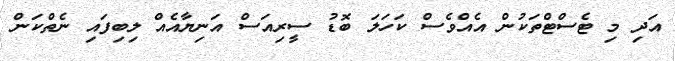
އަދި މި ޓެސްޓްތަކުން އެއްވެސް ކަހަލަ ބޮޑު ސީރިއަސް އަނިޔާއެއް ލިބިފައި ނެތްކަން